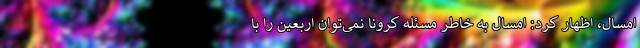
امسال، اظهار کرد: امسال به خاطر مسئله کرونا نمی‌توان اربعین را با